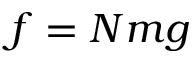
f = N m g